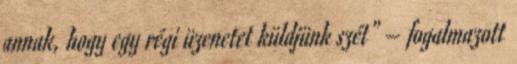
annak, hogy egy régi üzenetet küldjünk szét" – fogalmazott